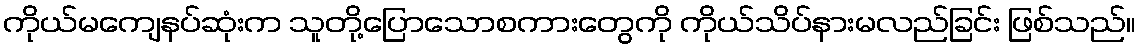
ကိုယ်မကျေနပ်ဆုံးက သူတို့ပြောသောစကားတွေကို ကိုယ်သိပ်နားမလည်ခြင်း ဖြစ်သည်။